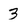
Character: 3